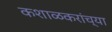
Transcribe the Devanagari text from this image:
कशाळकरांच्या